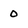
Character: 0